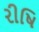
રીષિ